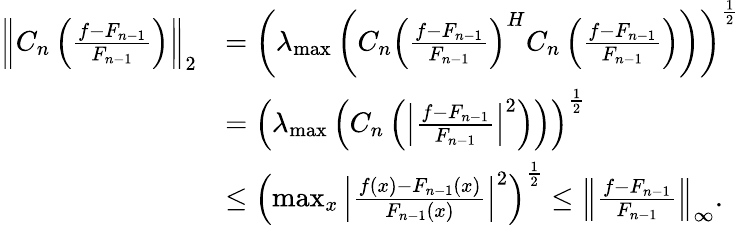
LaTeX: \begin{array}{rl}{\left\Vert C_{n}\left(\frac{f-F_{n-1}}{F_{n-1}}\right)\right\Vert_{2}}&{=\left(\lambda_{\operatorname*{max}}\left(C_{n}\left(\frac{f-F_{n-1}}{F_{n-1}}\right)^{H}C_{n}\left(\frac{f-F_{n-1}}{F_{n-1}}\right)\right)\right)^{\frac{1}{2}}}\\ &{=\left(\lambda_{\operatorname*{max}}\left(C_{n}\left(\left\vert\frac{f-F_{n-1}}{F_{n-1}}\right\vert^{2}\right)\right)\right)^{\frac{1}{2}}}\\ &{\leq\left(\operatorname*{max}_{x}{\left\vert\frac{f(x)-F_{n-1}(x)}{F_{n-1}(x)}\right\vert^{2}}\right)^{\frac{1}{2}}\leq\left\Vert\frac{f-F_{n-1}}{F_{n-1}}\right\Vert_{\infty}.}\end{array}